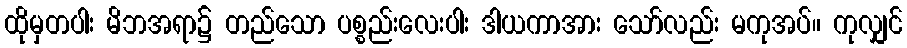
ထိုမှတပါး မိဘအရာ၌ တည်သော ပစ္စည်းလေးပါး ဒါယကာအား သော်လည်း မကုအပ်။ ကုလျှင်